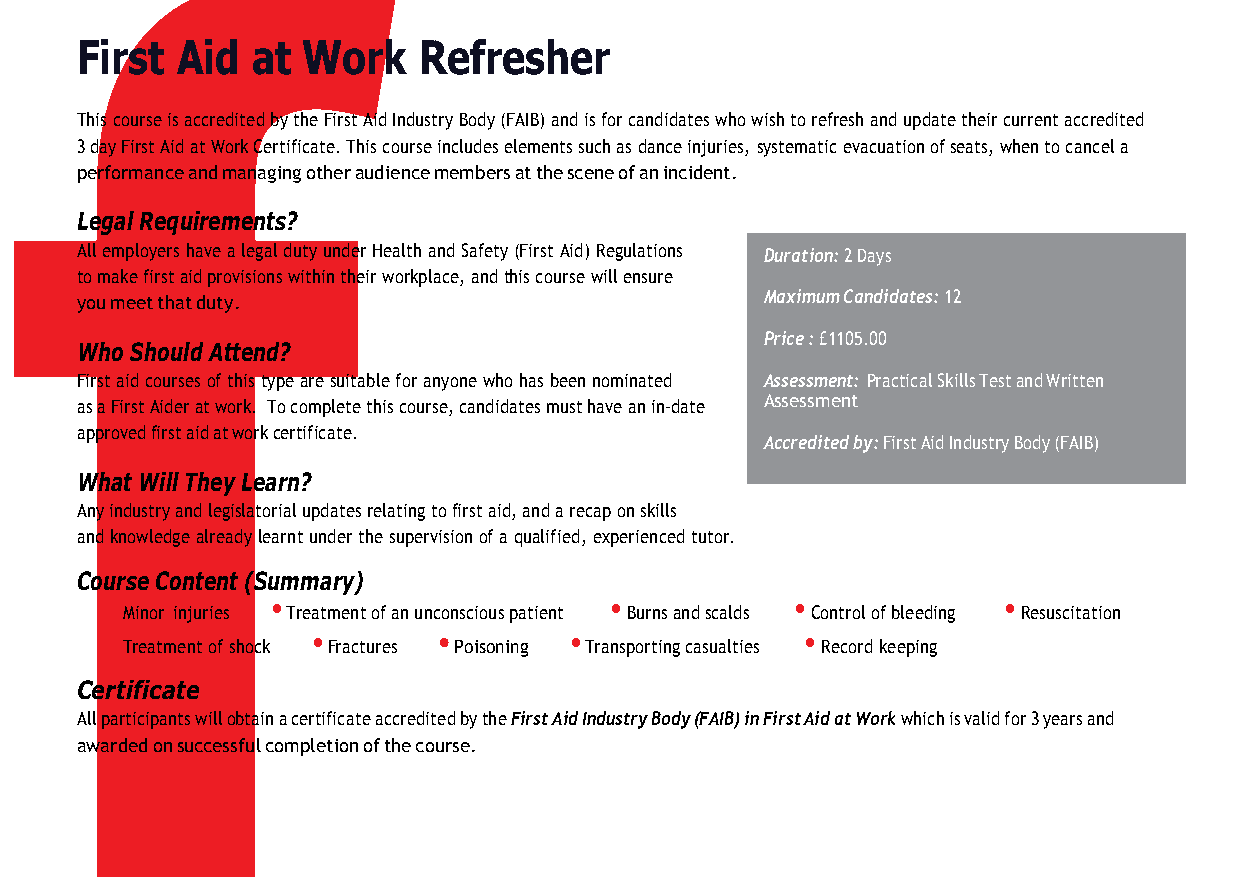
f
 First  Aid  at Work    Refresher
 This course is accredited by the First Aid Industry Body (FAIB) and is for candidates who wish to refresh and update their current accredited
 3 day First Aid at Work Certificate. This course includes elements such as dance injuries, systematic evacuation of seats, when to cancel a
 performance and managing other audience members at the scene of an incident.
 Legal Requirements?
 All employers have a legal duty under Health and Safety (First Aid) Regulations Duration: 2 Days
 to make first aid provisions within their workplace, and this course will ensure
 you meet that duty.                           Maximum Candidates: 12
 Price : £1105.00
 Who Should Attend?
 First aid courses of this type are suitable for anyone who has been nominated Assessment: Practical Skills Test and Written
 as a First Aider at work. To complete this course, candidates must have an in-date Assessment
 approved first aid at work certificate.
 Accredited by: First Aid Industry Body (FAIB)
 What Will They Learn?
 Any industry and legislatorial updates relating to first aid, and a recap on skills
 and knowledge already learnt under the supervision of a qualified, experienced tutor.
 Course Content (Summary)
 •          •                     •            •            •
 Minor injuries Treatment of an unconscious patient Burns and scalds Control of bleeding Resuscitation
 •             •       •        •              •
 Treatment of shock Fractures Poisoning Transporting casualties Record keeping
 Certificate
 All participants will obtain a certificate accredited by the First Aid Industry Body (FAIB) in First Aid at Work which is valid for 3 years and
 awarded on successful completion of the course.